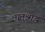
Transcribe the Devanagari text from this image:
घृतश्राद्ध